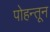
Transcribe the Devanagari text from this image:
पोहन्तून